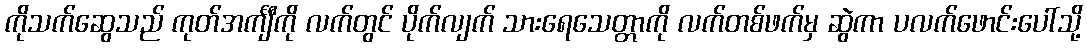
ကိုသက်ဆွေသည် ကုတ်အင်္ကျီကို လက်တွင် ပိုက်လျက် သားရေသေတ္တာကို လက်တစ်ဖက်မှ ဆွဲကာ ပလက်ဖောင်းပေါ်သို့